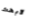
لأبحث